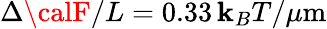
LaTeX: \Delta{\calF}/L=0.33\, \mathbf{k}_{B}T/\mu\mathrm{{m}}